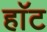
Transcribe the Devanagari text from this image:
हाॅट